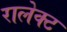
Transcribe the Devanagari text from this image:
रालेक्ट